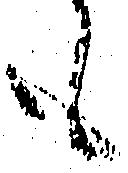
も